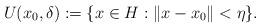
LaTeX: \begin{align*}U(x_0,\delta) := \{ x \in H : \| x - x_0 \| < \eta \}.\end{align*}